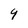
Character: 4